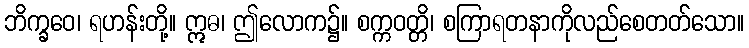
ဘိက္ခဝေ၊ ရဟန်းတို့။ ဣဓ၊ ဤလောက၌။ စက္ကဝတ္တိ၊ စကြာရတနာကိုလည်စေတတ်သော။